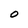
Character: O